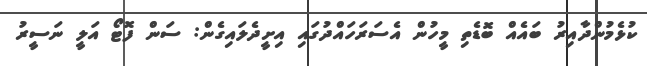
ކުޅެމުންދާއިރު ބައެއް ބޮޑެތި މީހުން އެސަރަހައްދުގައި އިށީދެލައިގެން: ސަން ފޮޓޯ އަލީ ނަސީރު